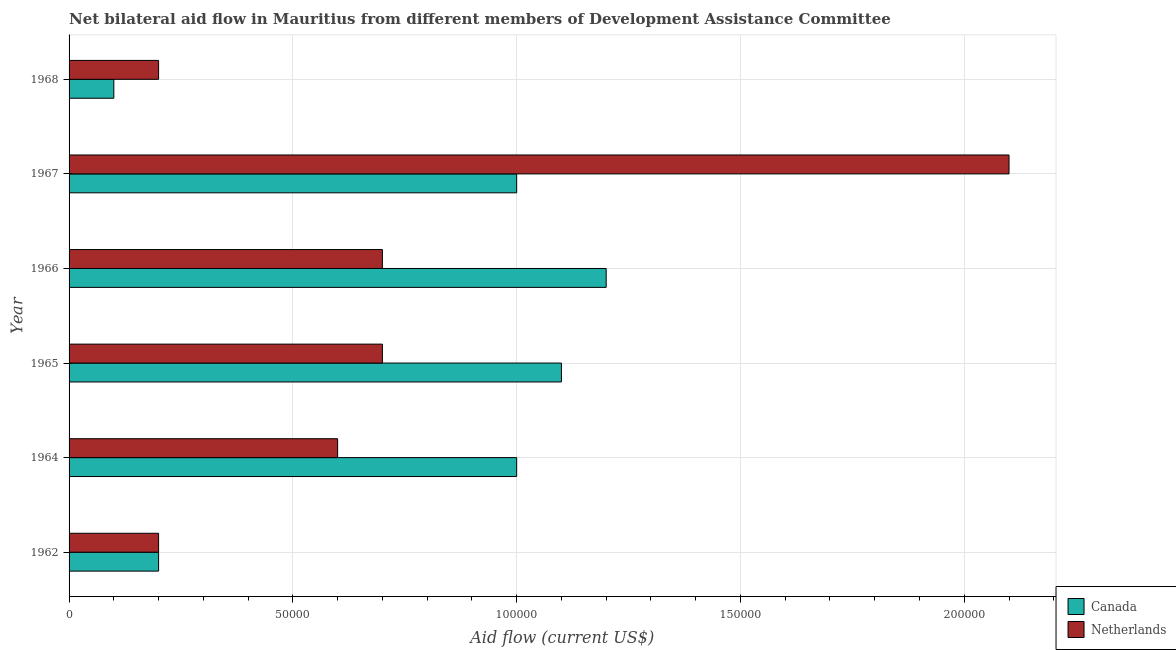
| Year | Canada | Netherlands |
 | --- | --- | --- |
 | 1962 | 2e+04 | 2e+04 |
 | 1964 | 1e+05 | 6e+04 |
 | 1965 | 1.1e+05 | 7e+04 |
 | 1966 | 1.2e+05 | 7e+04 |
 | 1967 | 1e+05 | 2.1e+05 |
 | 1968 | 1e+04 | 2e+04 |